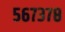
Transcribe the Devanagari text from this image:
५६७३७८